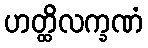
ဟတ္ထိလက္ခဏံ